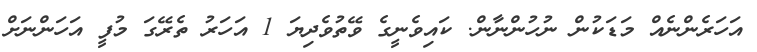
އަހަރެންނެއް މަޑަކުން ނުހުންނާން. ކައިވެނީގެ ވޭތުވެދިޔަ 1 އަހަރު ތެރޭގަ މުފީ އަހަންނަށް